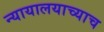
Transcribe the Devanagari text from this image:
न्यायालयाच्याच